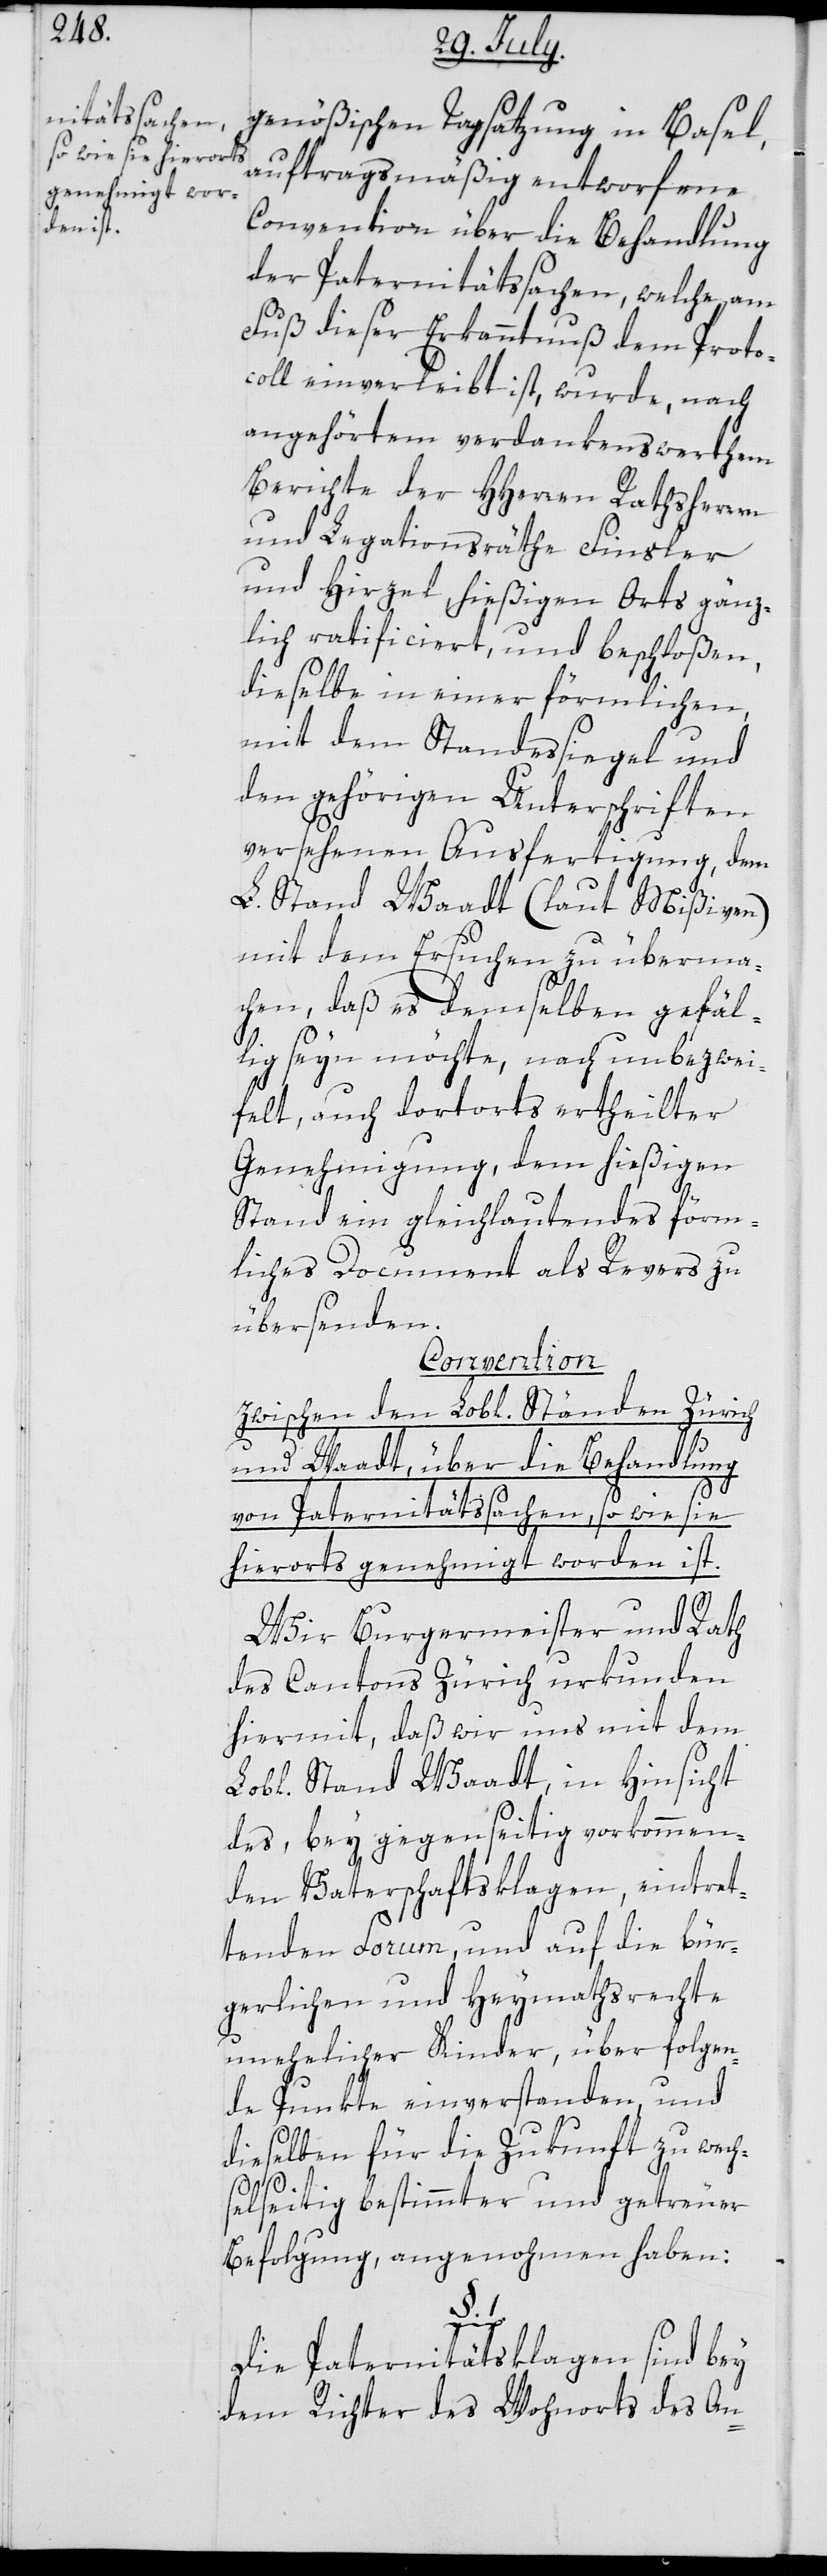
genößischen Tagsatzung in Basel,
auftragsmäßig entworfene
Convention über die Behandlung
der Paternitätssachen, welche am
Fuß dieser Erkanntnuß dem Proto¬
coll einverleibt ist, wurde, nach
angehörtem verdankenswerthem
Berichte der HHerren Rathsherren
und Legationsräthe Finsler
und Hirzel hießigen Orts gänz¬
lich ratificiert, und beschloßen,
dieselbe in einer förmlichen,
mit dem Standessiegel und
den gehörigen Unterschriften
versehenen Ausfertigung, dem
L. Stand Waadt (laut Mißiven)
mit dem Ersuchen zu überma¬
chen, daß es demselben gefäl¬
lig seyn möchte, nach unbezwei¬
felt, auch dortorts ertheilter
Genehmigung, dem hießigen
Stand ein gleichlautendes förm¬
liches Document als Revers zu
übersenden.
Convention
zwischen den Lobl. Ständen Zürich
und Waadt, über die Behandlung
von Paternitätssachen, so wie sie
hierorts genehmiget worden ist.
Wir Burgermeister und Rath
des Cantons Zürich urkunden
hiermit, daß wir und mit dem
Lobl. Stand Waadt, in Hinsicht
des, bey gegenseitig vorkommen¬
den Vaterschaftsklagen, eintret¬
tenden Forum, und auf die bür¬
gerlichen und Heymathsrechte
unehelicher Kinder, über folgen¬
de Punkte einverstanden, und
dieselben für die Zukunft zu wech¬
selseitig bestimmter und getreuer
Befolgung, angenohmen haben:
1.
Die Paternitätsklagen sind bey
dem Richter des Wohnorts des An-